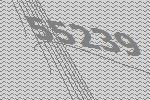
55239